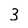
Character: 3